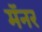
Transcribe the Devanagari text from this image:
मॅनर